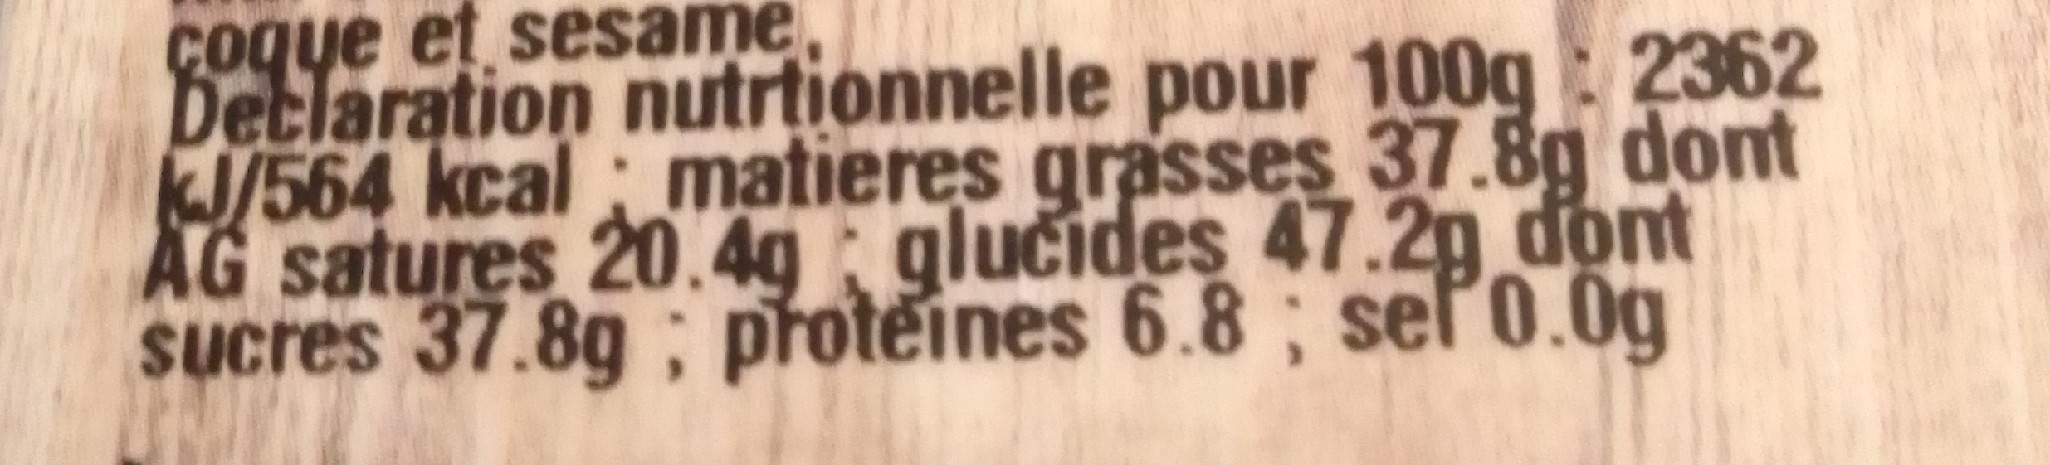
Detlaration nutrtionnelle pour 100g: 2362 J/564 kcal ; matieres grasses 37.8g dont AG satures 20.4g glučides 47.2g dont sucres 37.8g ; proteines 6.8 ; seľo.0g